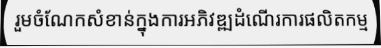
រួមចំណែកសំខាន់ក្នុងការអភិវឌ្ឍដំណើរការផលិតកម្ម